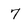
Character: 7